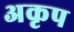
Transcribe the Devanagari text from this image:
अकृप